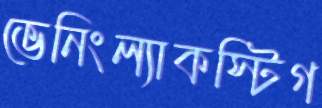
ভেনিংল্যাকস্টিগ